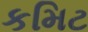
કમિટ